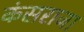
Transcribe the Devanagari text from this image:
कंसराजा